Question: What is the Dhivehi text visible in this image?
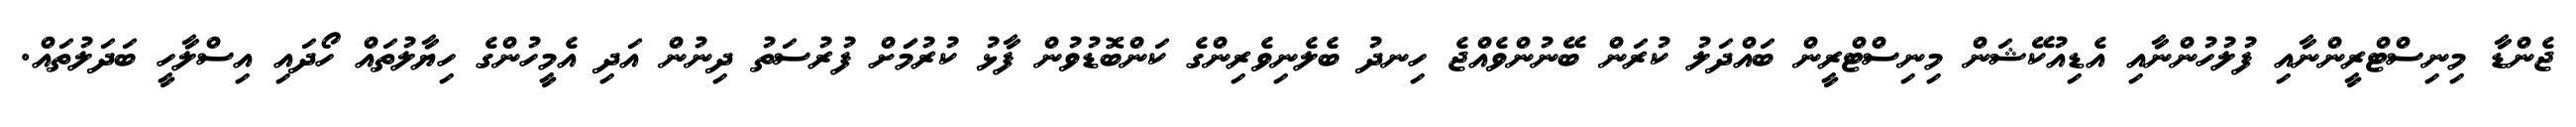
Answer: ޖެންޑާ މިނިސްޓްރީންނާއި ފުލުހުންނާއި އެޑިއުކޭޝަން މިނިސްޓްރީން ބައްދަލު ކުރަން ބޭނުންވެއްޖެ ހިނދު ބެލެނިވެރިންގެ ކަންބޮޑުވުން ފާޅު ކުރުމަަށް ފުރުސަތު ދިނުން އަދި އެމީހުންގެ ހިޔާލުތައް ހޯދައި އިސްލާހީ ބަދަލުތައް.